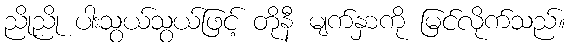
ညိုညို ပါးသွယ်သွယ်ဖြင့် တိုနီ မျက်နှာကို မြင်လိုက်သည်။